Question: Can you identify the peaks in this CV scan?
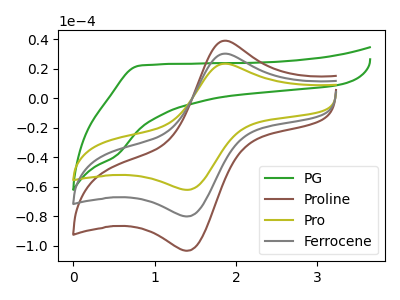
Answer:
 <answer>The green curve "PG" has no peaks. The brown curve "Proline" has an anodic peak at (1.85V, 60.30uA) and a cathodic peak at (1.40V, -160.10uA). The olive curve "Pro" has an anodic peak at (1.85V, 23.35uA) and a cathodic peak at (1.40V, -62.05uA). The gray curve "Ferrocene" has an anodic peak at (1.85V, 30.15uA) and a cathodic peak at (1.40V, -80.05uA).</answer>
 <eval></eval>